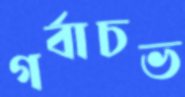
গর্বাচভ